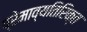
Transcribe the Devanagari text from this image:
प्रेमाव्यतिरिक्त